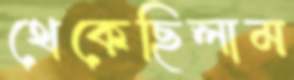
থেকেছিলাম